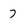
Character: 7